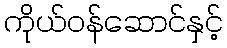
ကိုယ်ဝန်ဆောင်နှင့်